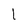
Character: l